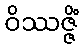
ဝိဿဇ္ဇိံ